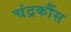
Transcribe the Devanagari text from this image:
चंद्रकौंस